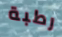
رطبة